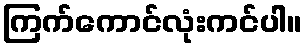
ကြက်ကောင်လုံးကင်ပါ။